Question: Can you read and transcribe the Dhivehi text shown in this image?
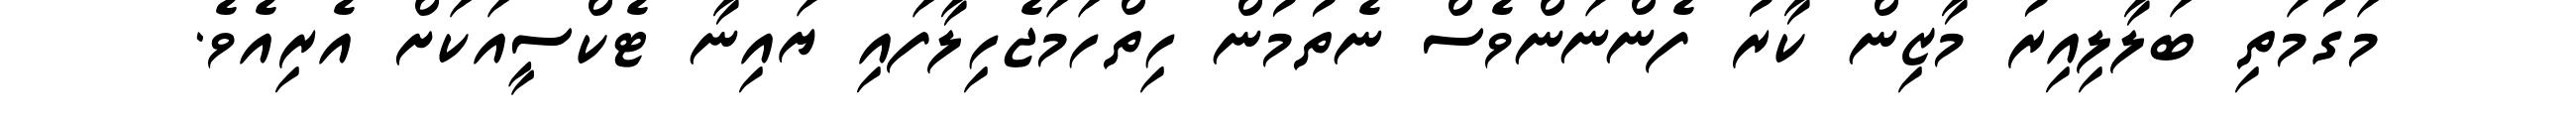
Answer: މަގުމަތި ބަލާލިއިރު މާޒިން ކާރު ފެންނަންވެސް ނެތުމުން ހިތްހަމަޖެހިލާފައި ޔައިނާ ޓެކްސީއަކަށް އެރިއެވެ.